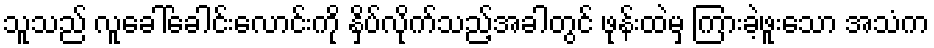
သူသည် လူခေါ်ခေါင်းလောင်းကို နှိပ်လိုက်သည့်အခါတွင် ဖုန်းထဲမှ ကြားခဲ့ဖူးသော အသံက